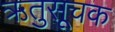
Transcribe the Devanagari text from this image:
ऋतुसूचक